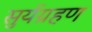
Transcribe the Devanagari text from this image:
सुर्यग्रहण